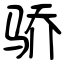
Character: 骄